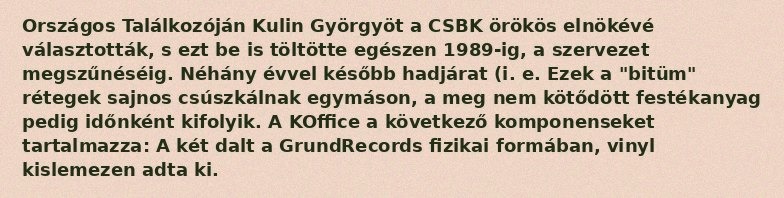
Országos Találkozóján Kulin Györgyöt a CSBK örökös elnökévé választották, s ezt be is töltötte egészen 1989-ig, a szervezet megszűnéséig. Néhány évvel később hadjárat (i. e. Ezek a "bitüm" rétegek sajnos csúszkálnak egymáson, a meg nem kötődött festékanyag pedig időnként kifolyik. A KOffice a következő komponenseket tartalmazza: A két dalt a GrundRecords fizikai formában, vinyl kislemezen adta ki.